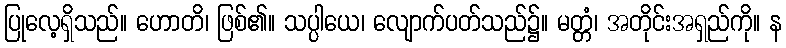
ပြုလေ့ရှိသည်။ ဟောတိ၊ ဖြစ်၏။ သပ္ပါယေ၊ လျောက်ပတ်သည်၌။ မတ္တံ၊ အတိုင်းအရှည်ကို။ န